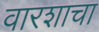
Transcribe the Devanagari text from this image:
वारशाचा